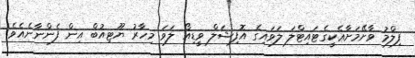
ފިލްމު ވާށޭމަށާޢެކީގެޓައިޓްލަ ލަވައިގެ އޮފިޝަލް ވީޑިއޯ ލަވަ މިހާރު ޔޫޓިއުބް އިން ފެންނާނެއެވެ.